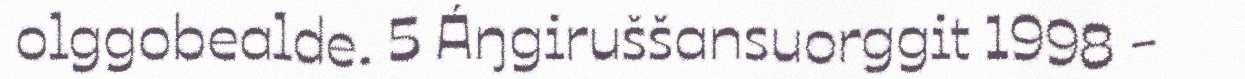
olggobealde. 5 Áŋgiruššansuorggit 1998 -